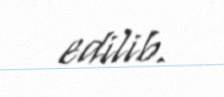
edilib.